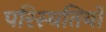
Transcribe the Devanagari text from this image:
परिस्‍थतियों